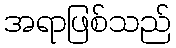
အရာဖြစ်သည်